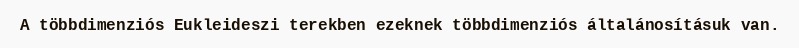
A többdimenziós Eukleideszi terekben ezeknek többdimenziós általánosításuk van.